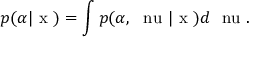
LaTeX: p ( \alpha | \mathrm { \boldmath ~ x ~ } ) = \int p ( \alpha , \mathrm { \boldmath ~ \ n u ~ } | \mathrm { \boldmath ~ x ~ } ) d \mathrm { \boldmath ~ \ n u ~ } .